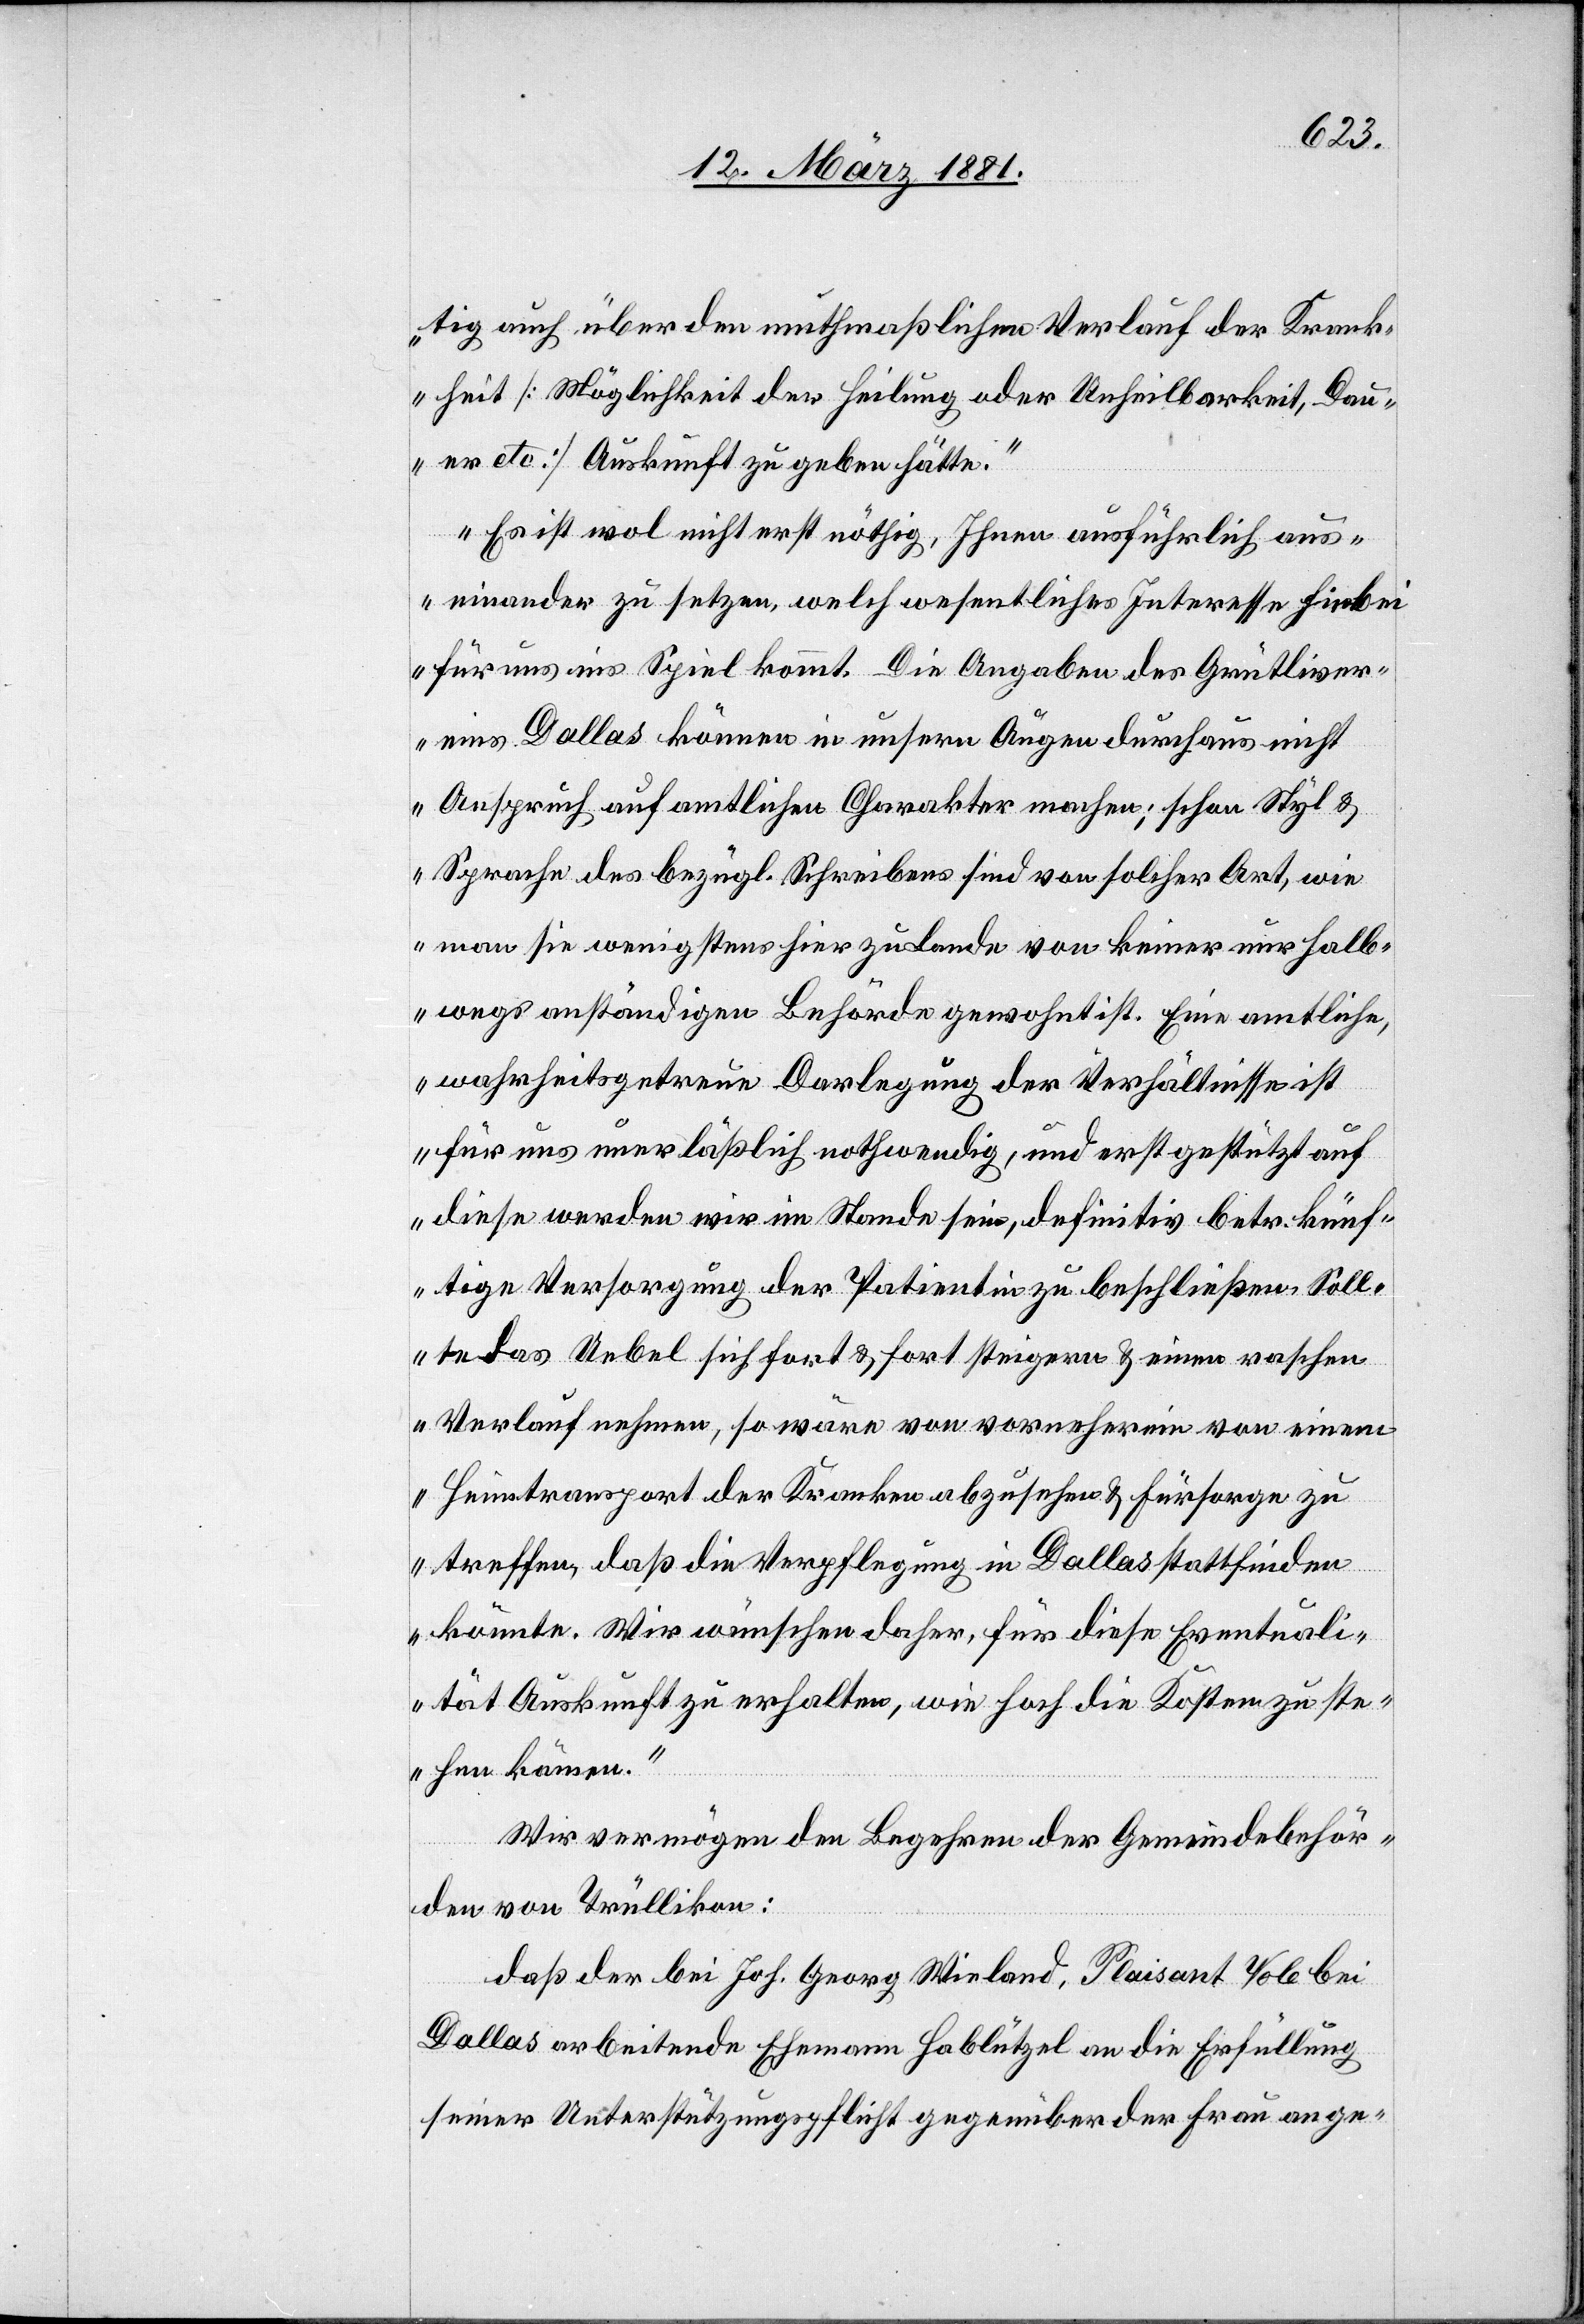
tig auch über den muthmaßlichen Verlauf der Krank¬
heit [Möglichkeit der Heilung oder Unheilbarkeit, Dau¬
er etc.] Auskunft zu geben hätte.“
„Es ist wol nicht erst nöthig, Ihnen ausführlich aus¬
einander zu setzen, welch wesentliches Interesse hiebei
für uns ins Spiel kommt. Die Angaben des Grütliver¬
eins Dallas können in unsern Augen durchaus nicht
Anspruch auf amtlichen Charakter machen; schon Styl &
Sprache des bezügl. Schreibens sind von solcher Art, wie
man sie wenigstens hier zu Lande von keiner nur halb¬
wegs anständigen Behörde gewohnt ist. Eine amtliche,
wahrheitsgetreue Darlegung der Verhältnisse ist
für uns unerläßlich nothwendig, und erst gestützt auf
diese werden wir im Stande sein, definitiv betr. künf¬
tige Versorgung der Patientin zu beschließen. Soll¬
te das Uebel sich fort & fort steigern & einen raschen
Verlauf nehmen, so wäre von vornherein von einem
Heimtransport der Kranken abzusehen & Fürsorge zu
treffen, daß die Verpflegung in Dallas stattfinden
könnte. Wir wünschen daher, für diese Eventuali¬
tät Auskunft zu erhalten, wie hoch die Kosten zu ste¬
hen kämen.“
Wir vermögen den Begehren der Gemeindebehör¬
den von Trüllikon:
daß bei Joh. Georg Wieland, Plaisant Vale bei
Dallas arbeitende Ehemann Hablützel an die Erfüllung
seiner Unterstützungspflicht gegenüber der Frau ange-